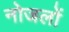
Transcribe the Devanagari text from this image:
नोजलों